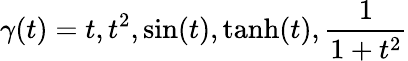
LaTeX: \gamma(t)=t,t^{2},\sin(t),\operatorname{tanh}(t),\frac{1}{1+t^{2}}